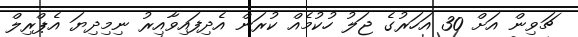
ޗަވިން އަށް 30 އަހަރުގެ ޖަލު ހުކުމެއް ކުރަން އެދިފައިވާއިރު ނިމިދިޔަ އެޕްރިލް